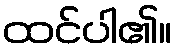
ထင်ပါ၏။